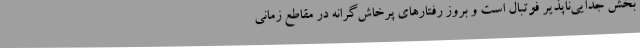
بخش جدایی‌ناپذیر فوتبال است و بروز رفتارهای پرخاش‌گرانه در مقاطع زمانی